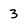
Character: 3